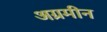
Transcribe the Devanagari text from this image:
अग्रमीन